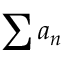
\sum a _ { n }